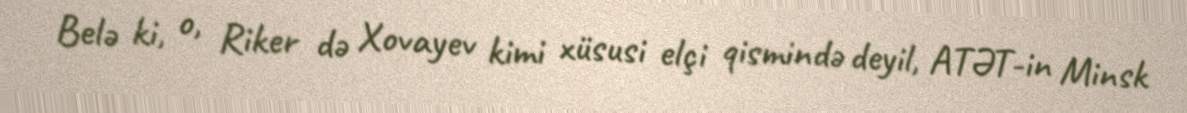
Belə ki, o, Riker də Xovayev kimi xüsusi elçi qismində deyil, ATƏT-in Minsk